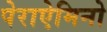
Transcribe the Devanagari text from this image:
पेराऐमिनो